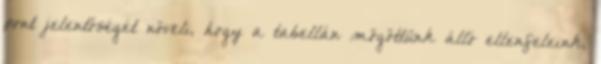
pont jelentőségét növeli, hogy a tabellán mögöttünk álló ellenfeleink,